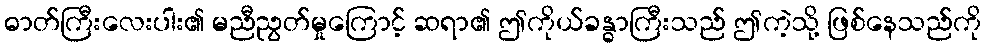
ဓာတ်ကြီးလေးပါး၏ မညီညွတ်မှုကြောင့် ဆရာ၏ ဤကိုယ်ခန္ဓာကြီးသည် ဤကဲ့သို့ ဖြစ်နေသည်ကို